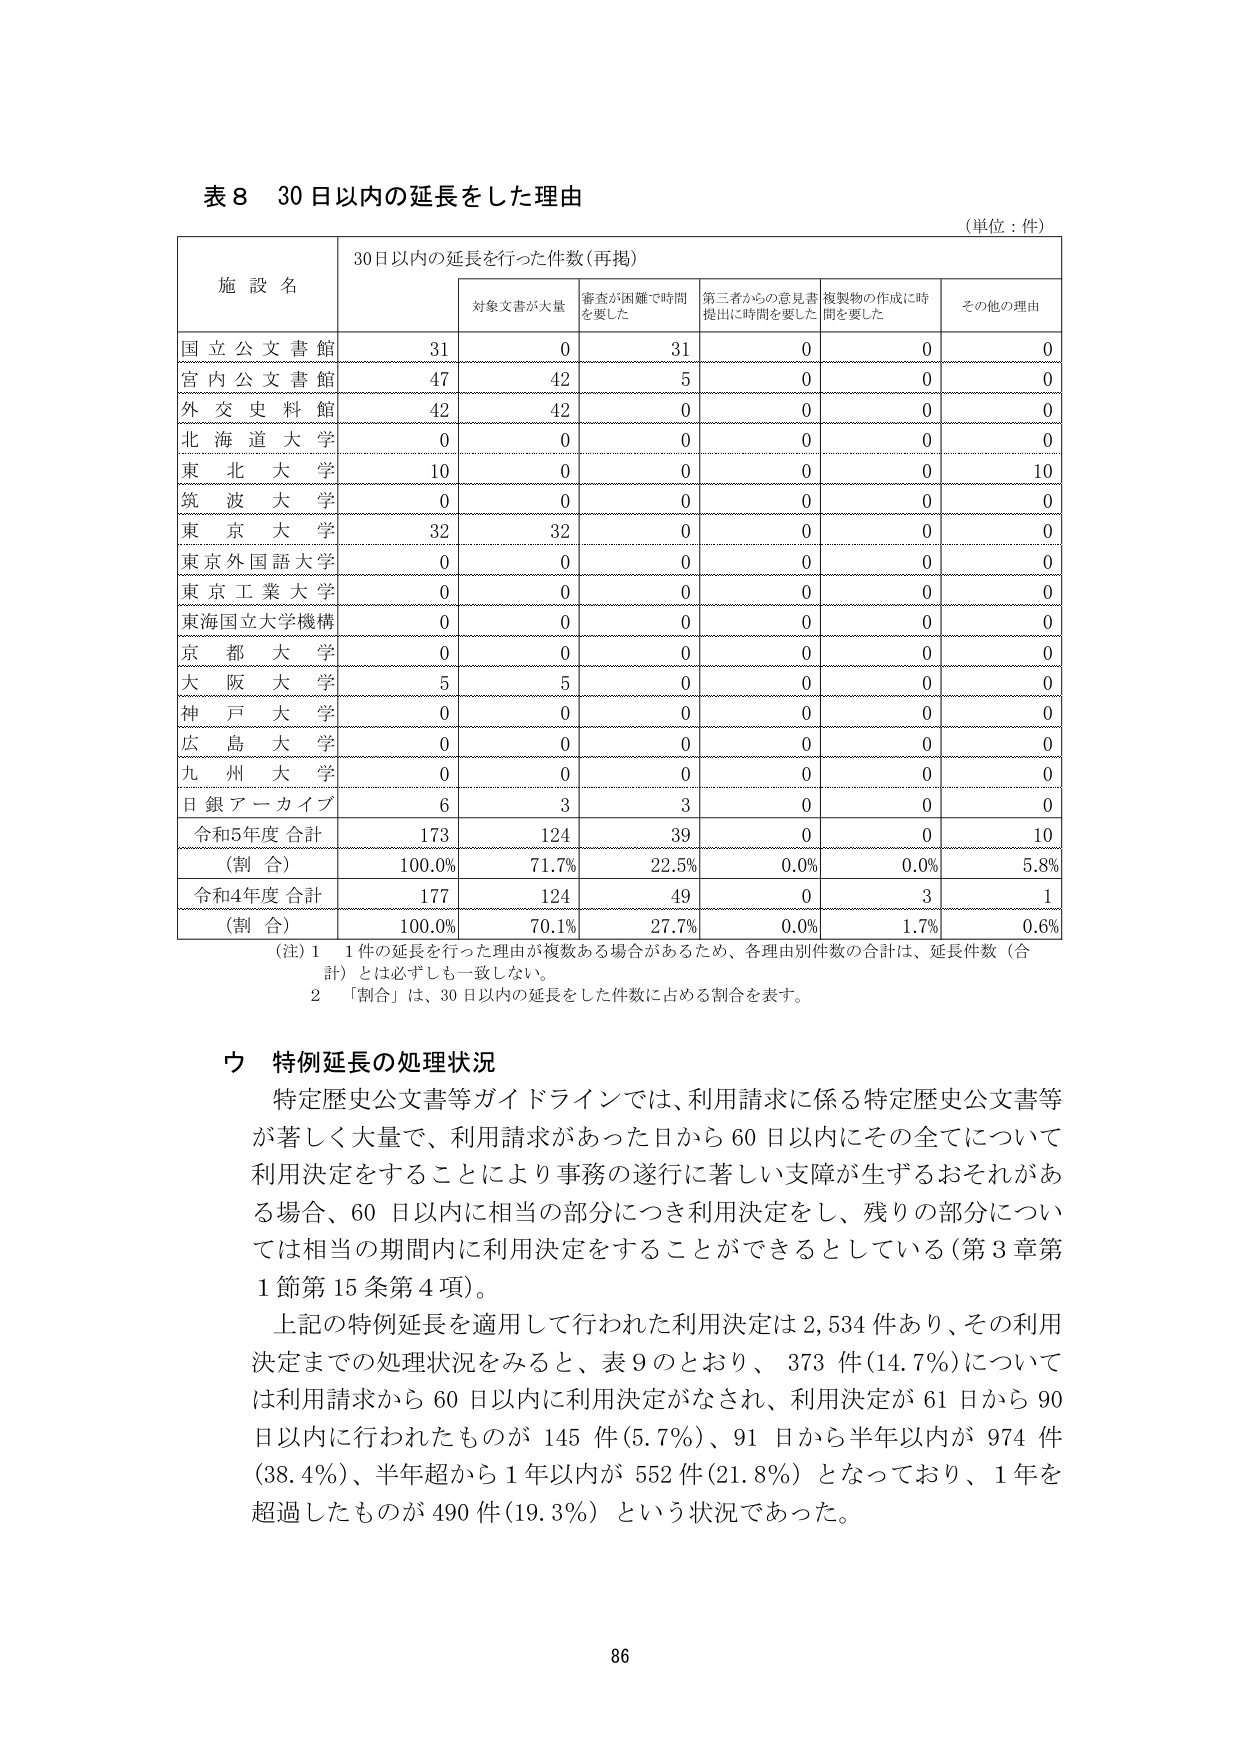
表8 30日以内の延長をした理由
(単位：件)

施設名 30日以内の延長を行った件数(再掲)
対象文書が大量 審査が困難で時間を要した 第三者からの意見書提出に時間を要した 複製物の作成に時間を要した その他の理由

国立公文書館 31 0 31 0 0 0
宮内公文書館 47 42 5 0 0 0
外交史料館 42 42 0 0 0 0
北海道大学 0 0 0 0 0 0
東北大学 10 0 0 0 0 10
筑波大学 0 0 0 0 0 0
東京大学 32 32 0 0 0 0
東京外国語大学 0 0 0 0 0 0
東京工業大学 0 0 0 0 0 0
東海国立大学機構 0 0 0 0 0 0
京都大学 0 0 0 0 0 0
大阪大学 5 5 0 0 0 0
神戸大学 0 0 0 0 0 0
広島大学 0 0 0 0 0 0
九州大学 0 0 0 0 0 0
日銀アーカイブ 6 3 3 0 0 0
令和5年度 合計 173 124 39 0 0 10
(割合) 100.0% 71.7% 22.5% 0.0% 0.0% 5.8%
令和4年度 合計 177 124 49 0 3 1
(割合) 100.0% 70.1% 27.7% 0.0% 1.7% 0.6%

(注) 1 1件の延長を行った理由が複数ある場合があるため、各理由別件数の合計は、延長件数（合計）とは必ずしも一致しない。
2 「割合」は、30日以内の延長をした件数に占める割合を表す。

ウ 特例延長の処理状況
特定歴史公文書等ガイドラインでは、利用請求に係る特定歴史公文書等が著しく大量で、利用請求があった日から60日以内にその全てについて利用決定をすることにより事務の遂行に著しい支障が生ずるおそれがある場合、60日以内に相当の部分につき利用決定をし、残りの部分については相当の期間内に利用決定をすることができるとしている（第3章第1節第15条第4項）。
上記の特例延長を適用して行われた利用決定は2,534件あり、その利用決定までの処理状況をみると、表9のとおり、373件（14.7%）については利用請求から60日以内に利用決定がなされ、利用決定が61日から90日以内に行われたものが145件（5.7%）、91日から半年以内が974件（38.4%）、半年超から1年以内が552件（21.8%）となっており、1年を超過したものが490件（19.3%）という状況であった。

86